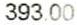
393.00